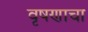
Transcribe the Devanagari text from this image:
वृषणाचा